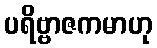
ပရိဗ္ဗာဇကမာဟု